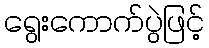
ရွေးကောက်ပွဲဖြင့်